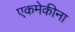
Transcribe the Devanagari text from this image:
एकमेकीना